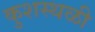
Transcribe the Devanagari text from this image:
कुशस्थळी